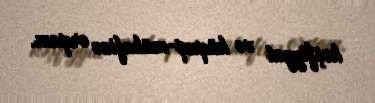
kəşfiyyat və hüquq-mühafizə orqanı.